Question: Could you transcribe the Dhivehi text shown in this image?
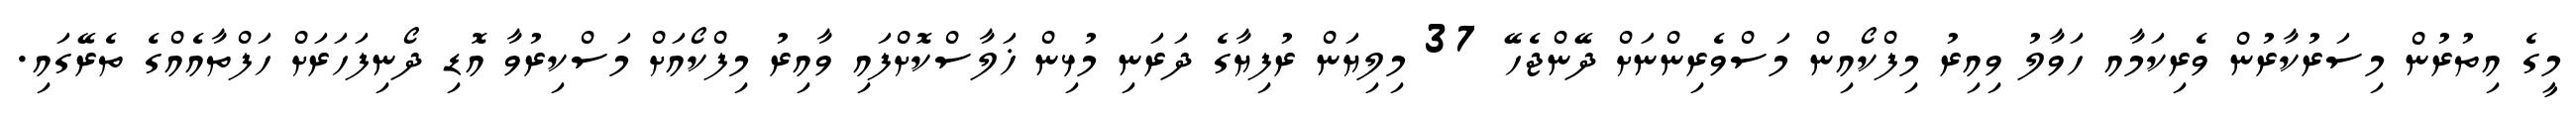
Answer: މީގެ އިތުރުން މިސަރުކާރުން ވެރިކަމާއ ހަވާލު ވިއިރު މިފްކޯއިން މަސްވެރިންނަށް ދޭންޖެހޭ 37 މިލިޔަން ރުފިޔާގެ ދަރަނި މުޅިން ޚަލާސްކޮށްފައި ވާއިރު މިފްކޯއަށް މަސްކިރުވާ އޮޑި ދޯނިފަހަރަށް ހަފްތާއެއްގެ ތެރޭގައި.